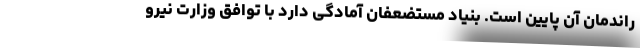
راندمان آن پایین است. بنیاد مستضعفان آمادگی دارد با توافق وزارت نیرو